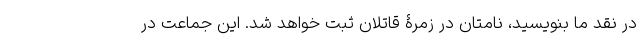
در نقد ما بنویسید، نامتان در زمرۀ قاتلان ثبت خواهد شد. این جماعت در